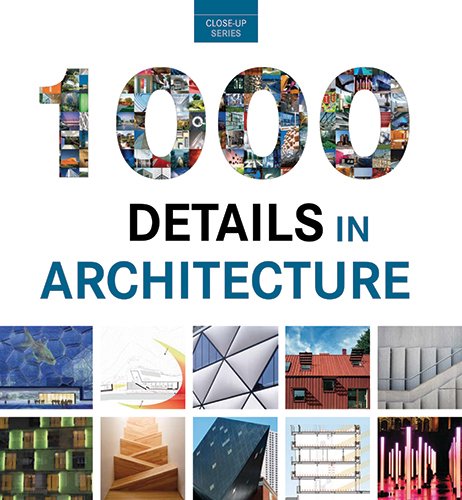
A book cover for Mandalas for Youngsters: Coloring Book; Sergio Guinot; Children's Books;